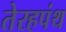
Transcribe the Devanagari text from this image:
तेरहपंथ